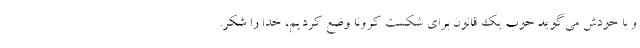
و با خودش می‌گوید خوب یک قانون برای شکست کرونا وضع کردیم، خدا را شکر.